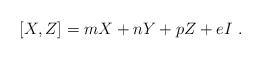
\begin{align*}[X,Z]=m X+nY+pZ+e I \ .\end{align*}